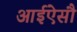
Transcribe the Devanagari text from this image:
आईऐसौ